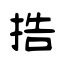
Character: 捁